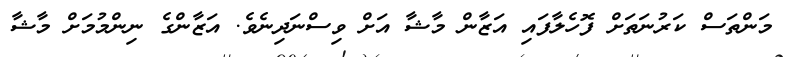
މަަންތަސް ކަރުނަތަށް ފޮހެލާފައި އަޒާން މާޝާ އަށް ވިސްނަދިނެވެ. އަޒާންގެ ނިންމުމަށް މާޝާ